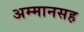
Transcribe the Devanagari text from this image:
अम्मानसह